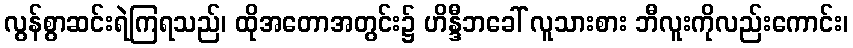
လွန်စွာဆင်းရဲကြရသည်၊ ထိုအတောအတွင်း၌ ဟိန္ဒီဘခေါ် လူသားစား ဘီလူးကိုလည်းကောင်း၊